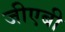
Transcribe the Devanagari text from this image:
जीएबी